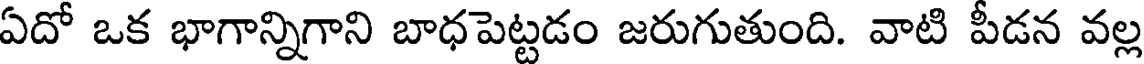
ఏదో ఒక భాగాన్నిగాని బాధపెట్టడం జరుగుతుంది. వాటి పీడన వల్ల